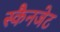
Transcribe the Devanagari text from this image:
स्कैनजेट